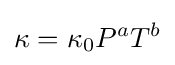
\kappa =\kappa _{0}P^{a}T^{b}